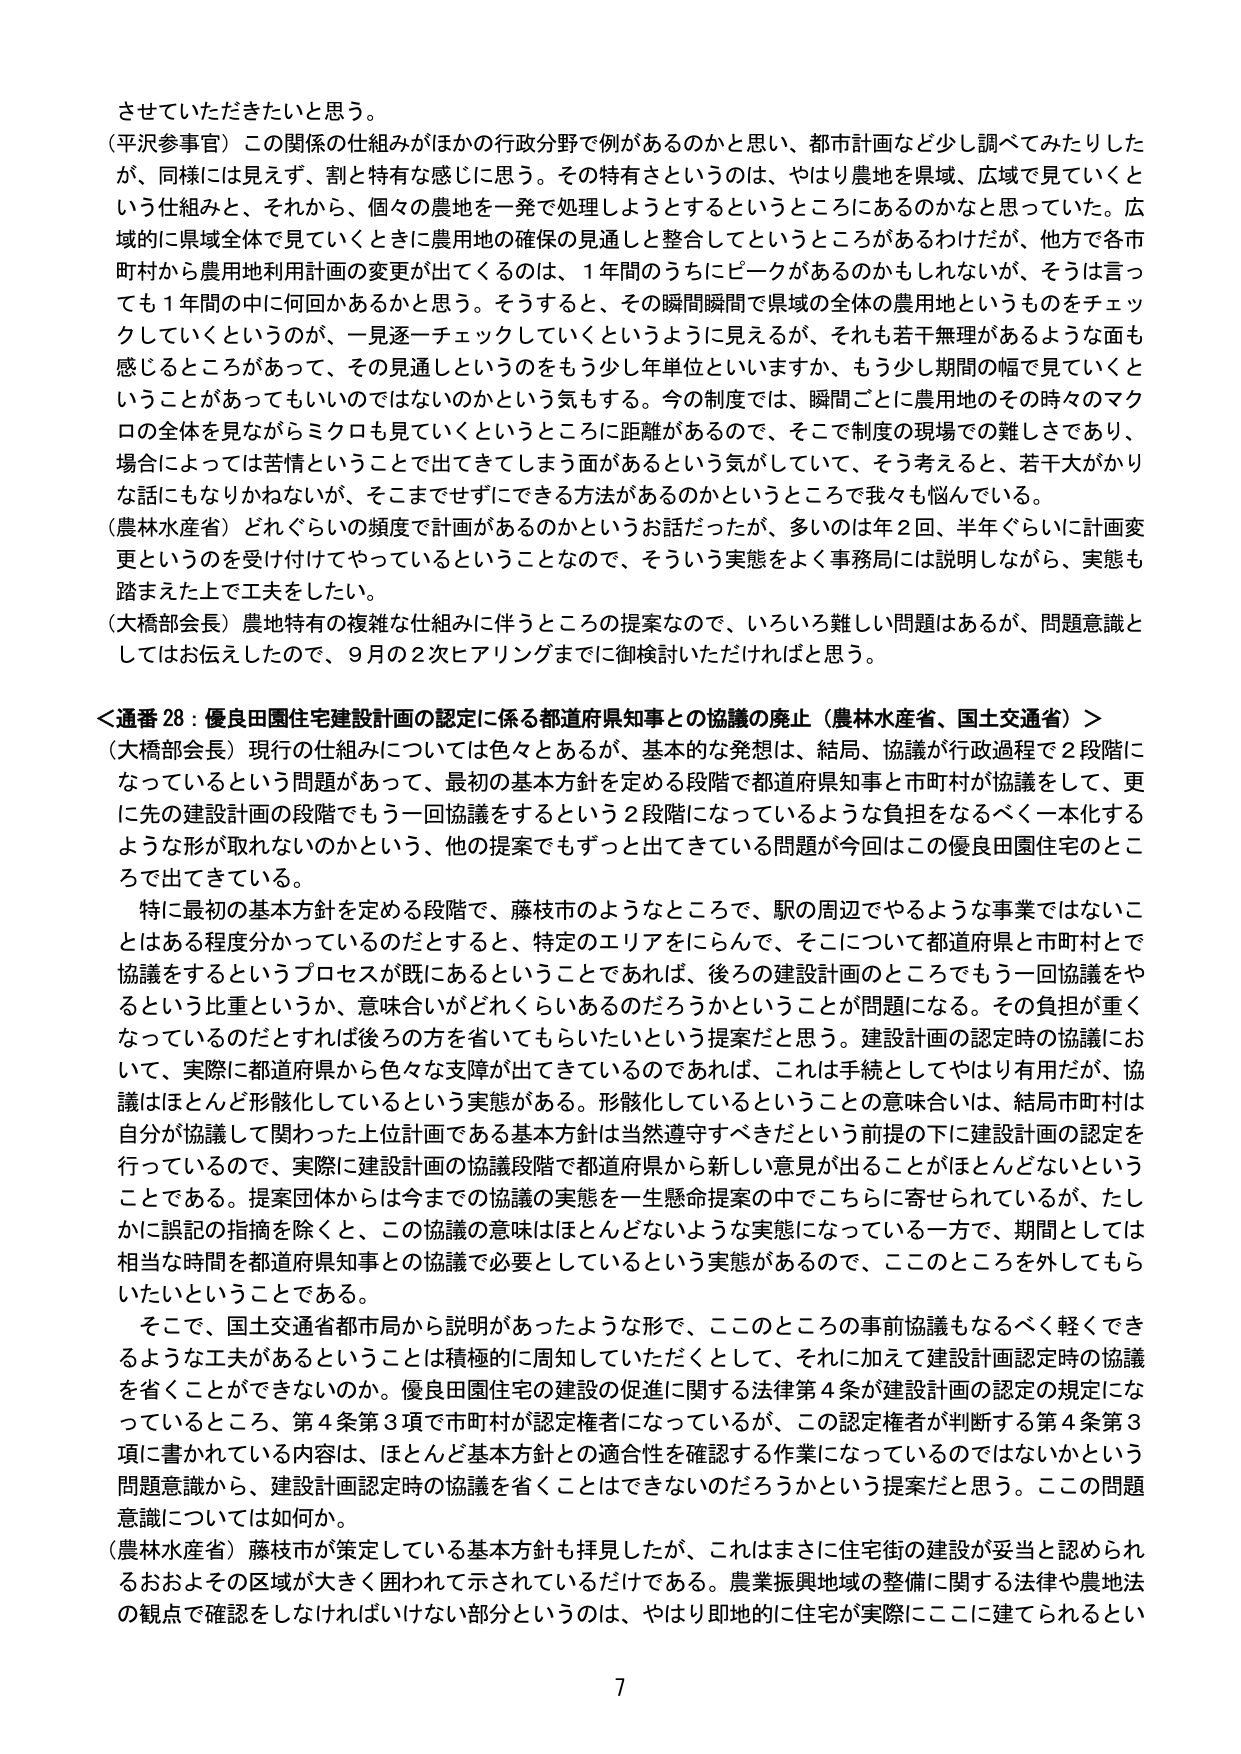
させていただきたいと思う。

（平沢参事官）この関係の仕組みがほかの行政分野で例があるのかと思い、都市計画など少し調べてみたりしたが、同様には見えず、割と特有な感じに思う。その特有さというのは、やはり農地を県域、広域で見ていくという仕組みと、それから、個々の農地を一発で処理しようとするというところにあるのかなと思っていた。広域的に県域全体で見ていくときに農用地の確保の見通しと整合してというところがあるわけだが、他方で各市町村から農用地利用計画の変更が出てくるのは、1年間のうちにピークがあるのかもしれないが、そうは言っても1年間の中に何回かあるかと思う。そうすると、その瞬間瞬間で県域の全体の農用地というものをチェックしていくというのが、一見逐一チェックしていくというように見えるが、それも若干無理があるような面も感じるとこがあって、その見通しというのをもう少し年単位といいますか、もう少し期間の幅で見ていくということがあってもいいのではないかという気もする。今の制度では、瞬間ごとに農用地のその時々のマクロの全体を見ながらミクロも見ていくというところに距離があるので、そこで制度の現場での難しさであり、場合によっては苦情ということで出てきてしまう面があるという気がしていて、そう考えると、若干大がかりな話にもなりかねないが、そこまでせずにできる方法があるのかというところで我々も悩んでいる。

（農林水産省）どれぐらいの頻度で計画があるのかというお話だったが、多いのは年2回、半年ぐらいに計画変更というのを受け付けてやっているということなので、そういう実態をよく事務局には説明しながら、実態も踏まえた上で工夫をしたい。

（大橋部会長）農地特有の複雑な仕組みに伴うところの提案なので、いろいろ難しい問題はあるが、問題意識としてはお伝えしたので、9月の2次ヒアリングまでに御検討いただければと思う。

＜通番28：優良田園住宅建設計画の認定に係る都道府県知事との協議の廃止（農林水産省、国土交通省）＞

（大橋部会長）現行の仕組みについては色々とあるが、基本的な発想は、結局、協議が行政過程で2段階になっているという問題があって、最初の基本方針を定める段階で都道府県知事と市町村が協議をして、更に先の建設計画の段階でもう一回協議をするという2段階になっているような負担をなるべく一本化するような形が取れないのかという、他の提案でもずっと出てきている問題が今回はこの優良田園住宅のところで出てきている。

特に最初の基本方針を定める段階で、藤枝市のようなところで、駅の周辺でやるような事業ではないことはある程度分かっているのだとすると、特定のエリアをにらんで、そこについて都道府県と市町村とで協議をするというプロセスが既にあるということであれば、後ろの建設計画のところでもう一回協議をやるという比重というか、意味合いがどれくらいあるのだろうかということが問題になる。その負担が重くなっているのだとすれば後ろの方を省いてもらいたいという提案だと思う。建設計画の認定時の協議において、実際に都道府県から色々な支援が出てきているのであれば、これは手続としてはより有用だが、協議はほとんど形骸化しているという実態がある。形骸化しているということの意味合いは、結局市町村は自分が協議して関わった上位計画である基本方針は当然遵守すべきだという前提の下に建設計画の認定を行っているので、実際に建設計画の協議段階で都道府県から新しい意見が出ることがほとんどないということである。提案団体からは今までの協議の実態を一生懸命提案の中でこちらに寄せられているが、たしかに誤記の指摘を除くと、この協議の意味はほとんどないような実態になっている一方で、期間としては相当な時間を都道府県知事との協議に必要としているという実態があるので、ここのところを外してもらいたいということである。

そこで、国土交通省都市局から説明があったような形で、ここのところの事前協議もなるべく軽できるような工夫があるということは積極的に周知していただくとして、それに加えて建設計画認定時の協議を省くことができないのか。優良田園住宅の建設の促進に関する法律第4条が建設計画の認定の規定になっているところ、第4条第3項で市町村が認定権者になっているが、この認定者が判断する第4条第3項に書かれている内容は、ほとんど基本方針との適合性を確認する作業になっているのではないかという問題意識から、建設計画認定時の協議を省くことはできないのだろうかという提案だと思う。ここの問題意識については如何か。

（農林水産省）藤枝市が策定している基本方針も拝見したが、これはまさに住宅街の建設が妥当と認められるおおよその区域が大きく囲われて示されているだけである。農業振興地域の整備に関する法律や農地法の観点で確認をしなければいけない部分というのは、やはり即的に住宅が実際にここに建てられるとい

7